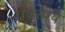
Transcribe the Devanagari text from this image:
प्रपंच्मय